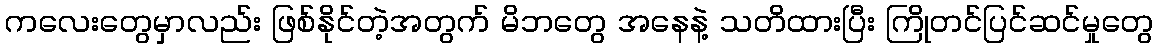
ကလေးတွေမှာလည်း ဖြစ်နိုင်တဲ့အတွက် မိဘတွေ အနေနဲ့ သတိထားပြီး ကြိုတင်ပြင်ဆင်မှုတွေ